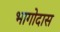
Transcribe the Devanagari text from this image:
भागोदास